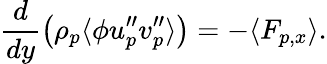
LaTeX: \frac{d}{dy}\left(\rho_{p}\langle\phi u_{p}^{\prime\prime}v_{p}^{\prime\prime}\rangle\right)=-\langle F_{p,x}\rangle.